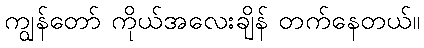
ကျွန်တော် ကိုယ်အလေးချိန် တက်နေတယ်။